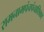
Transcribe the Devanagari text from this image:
रामनामपंचपंचाशिका